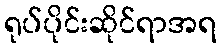
ရုပ်ပိုင်းဆိုင်ရာအရ